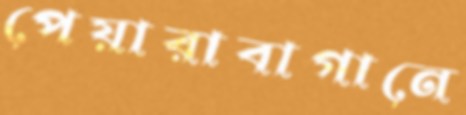
পেয়ারাবাগানে